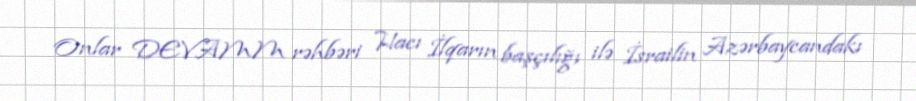
Onlar DEVAMM rəhbəri Hacı İlqarın başçılığı ilə İsrailin Azərbaycandakı